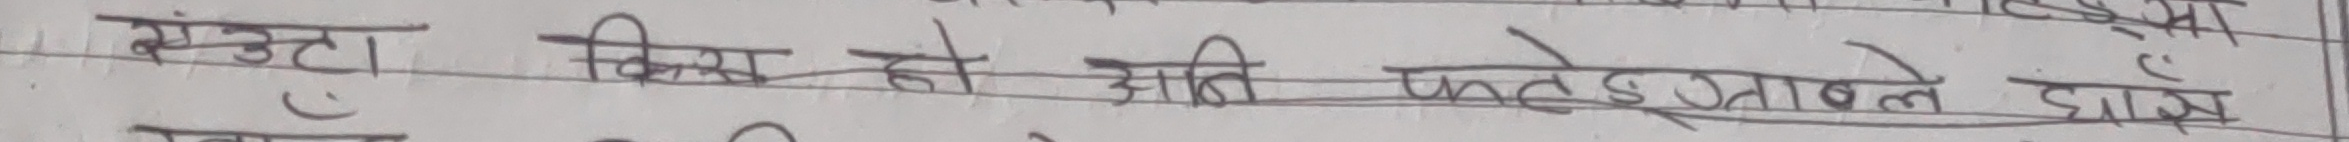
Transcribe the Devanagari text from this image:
संकुटा क्लब अति फस्टडिसनले धाय।